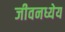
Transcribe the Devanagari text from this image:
जीवनध्येय